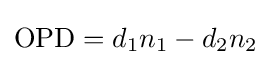
\mathrm {OPD} =d_{1}n_{1}-d_{2}n_{2}